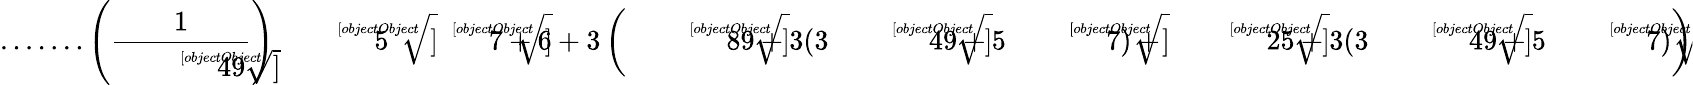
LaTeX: {\mathrm{.......}}\left({\frac{1}{\sqrt[[objectObject]]{49}}}\right){\sqrt[[objectObject]]{5{\sqrt[[objectObject]]{7}}+6+3\left({\sqrt[[objectObject]]{89+3(3{\sqrt[[objectObject]]{49}}+5{\sqrt[[objectObject]]{7}})}}+{\sqrt[[objectObject]]{25+3(3{\sqrt[[objectObject]]{49}}+5{\sqrt[[objectObject]]{7}})}}\right)}}